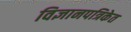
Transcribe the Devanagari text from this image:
विज्ञानपत्रिकेत